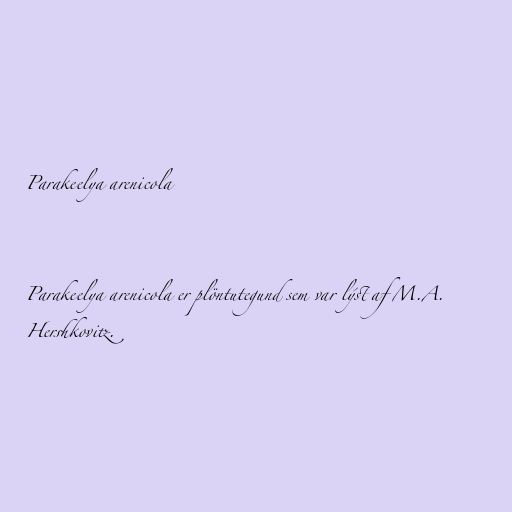
Parakeelya arenicola

Parakeelya arenicola er plöntutegund sem var lýst af M.A.
Hershkovitz.